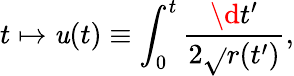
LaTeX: t\mapsto\mathit{u}(t)\equiv\int_{0}^{t}\frac{{\d{t}^{\prime}}}{{2\sqrt{}{{r(t^{\prime})}}}},